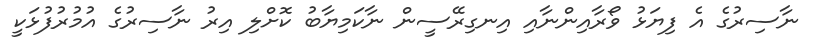
ނާސިރުގެ އެ ފިޔަޅު ވޯރާއިންނާއި އިނގިރޭސީން ނާކަމިޔާބު ކޮށްލި އިރު ނާސިރުގެ އުމުރުފުޅަކީ